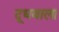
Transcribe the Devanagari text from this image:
दूधवाला